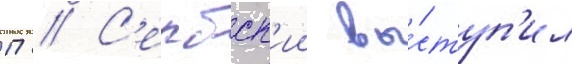
П // С'ербск'ии вы́ступ'ил